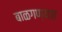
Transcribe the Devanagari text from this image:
बाळगण्यात